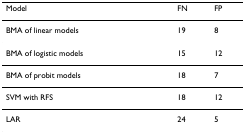
<table><thead><tr><td><b>Model</b></td><td><b>FN</b></td><td><b>FP</b></td></tr></thead><tbody><tr><td>BMA of linear models</td><td>19</td><td>8</td></tr><tr><td>BMA of logistic models</td><td>15</td><td>12</td></tr><tr><td>BMA of probit models</td><td>18</td><td>7</td></tr><tr><td>SVM with RFS</td><td>18</td><td>12</td></tr><tr><td>LAR</td><td>24</td><td>5</td></tr></tbody></table>